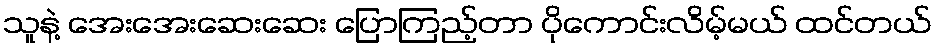
သူနဲ့ အေးအေးဆေးဆေး ပြောကြည့်တာ ပိုကောင်းလိမ့်မယ် ထင်တယ်